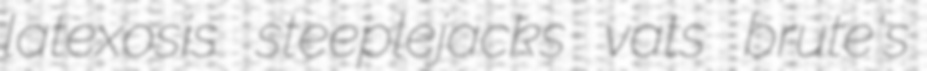
latexosis steeplejacks vats brute's